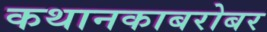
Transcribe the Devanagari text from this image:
कथानकाबरोबर